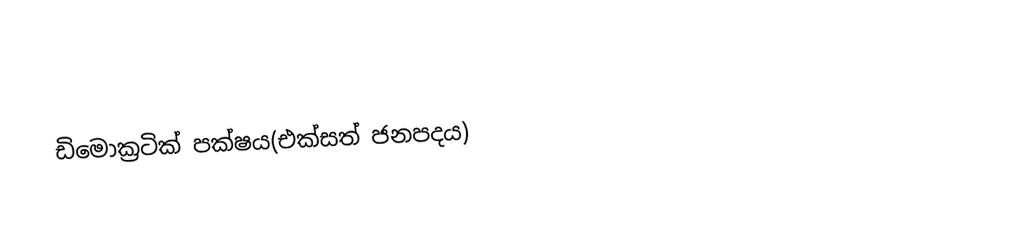
ඩිමොක්‍ර‍ටික් පක්ෂය(එක්සත් ජනපදය)